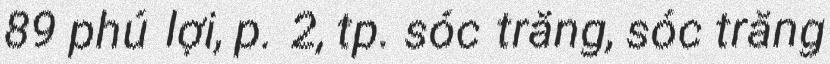
89 phú lợi, p. 2, tp. sóc trăng, sóc trăng